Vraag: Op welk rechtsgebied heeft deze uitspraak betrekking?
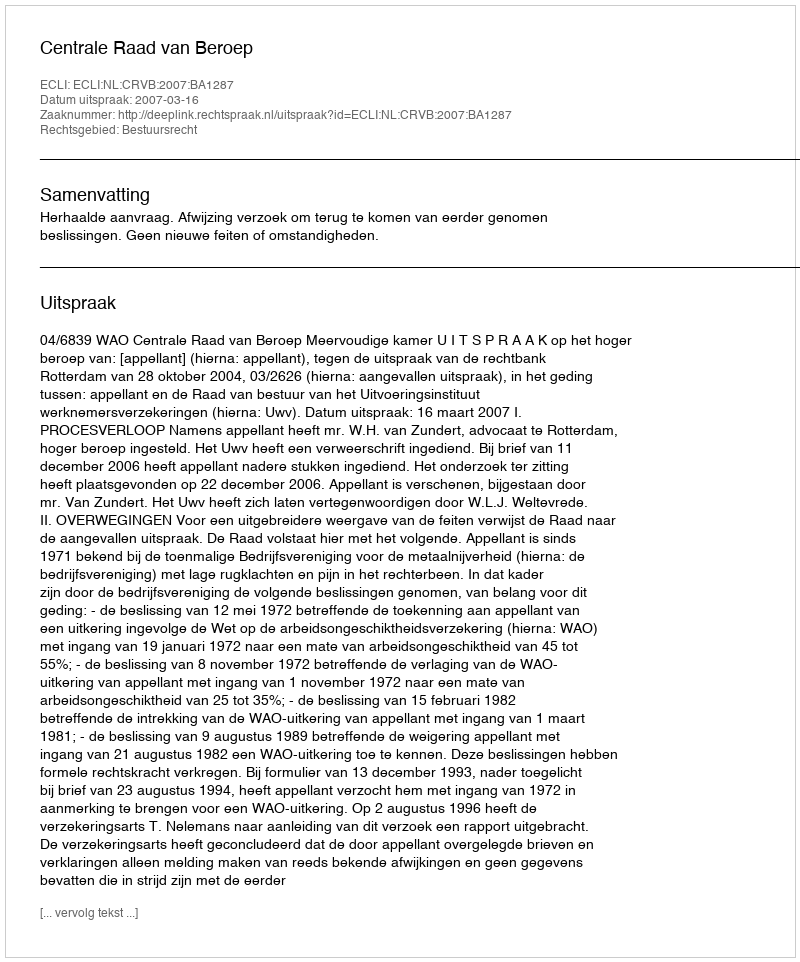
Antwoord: Bestuursrecht